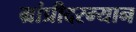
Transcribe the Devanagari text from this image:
ग्रांप्रीदरम्यान